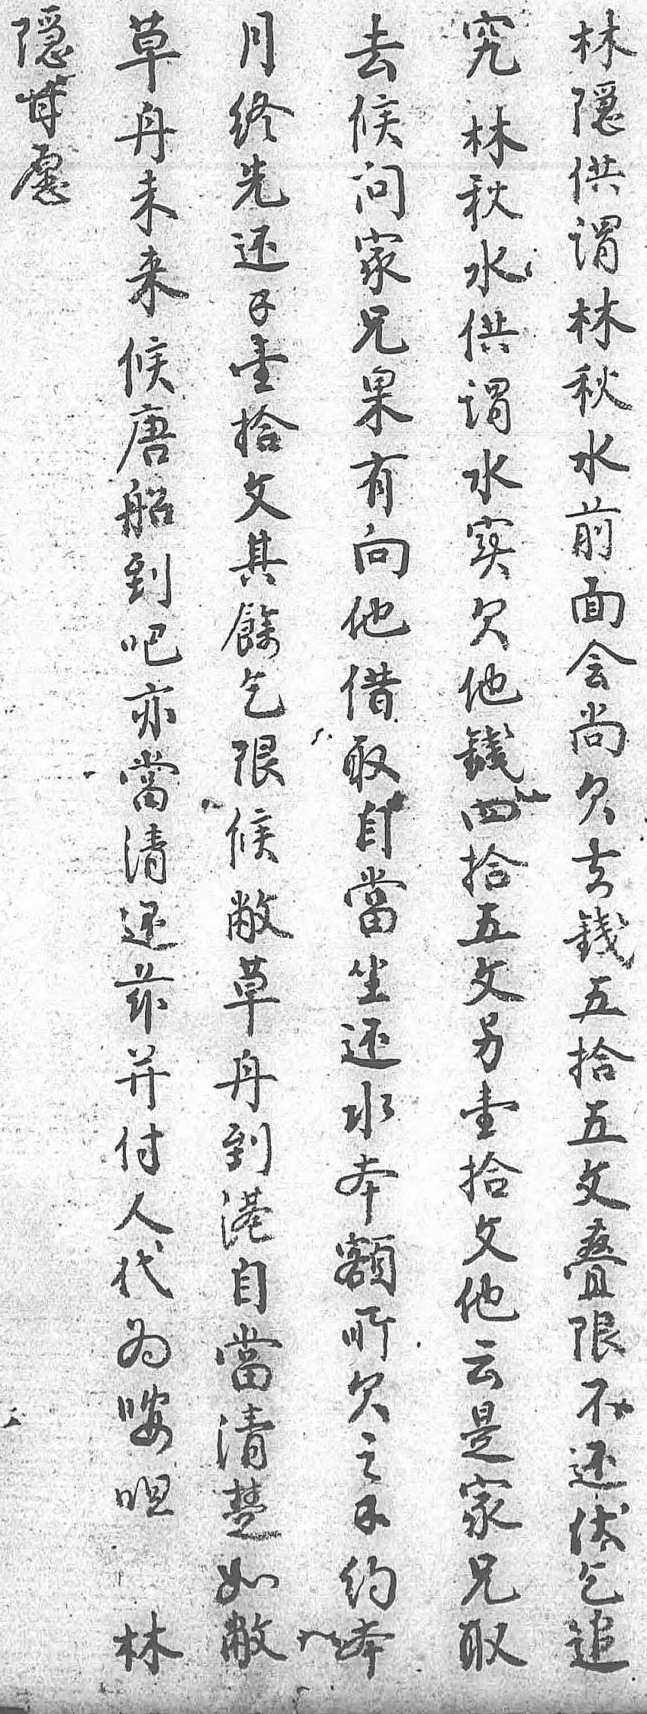
草林隱究月去舟隱甘林終候未供願秋先問來謂 水還家候林 供錢兄唐秋 謂壹果船水 水拾有到前 實文向吧面 欠其他亦會 他餘借當尚 錢乞取清欠 四限自還去 拾候當兹錢 五敝坐並五 文草還付拾 另舟水人五 壹到本代文 拾港額為疊 文自所咹限 他當欠呾不 云清之林還 是楚錢 伏 家如約 乞 兄敝本 追 取